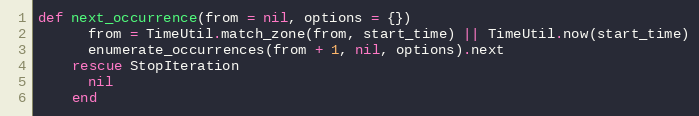
Language: Ruby
def next_occurrence(from = nil, options = {})
      from = TimeUtil.match_zone(from, start_time) || TimeUtil.now(start_time)
      enumerate_occurrences(from + 1, nil, options).next
    rescue StopIteration
      nil
    end